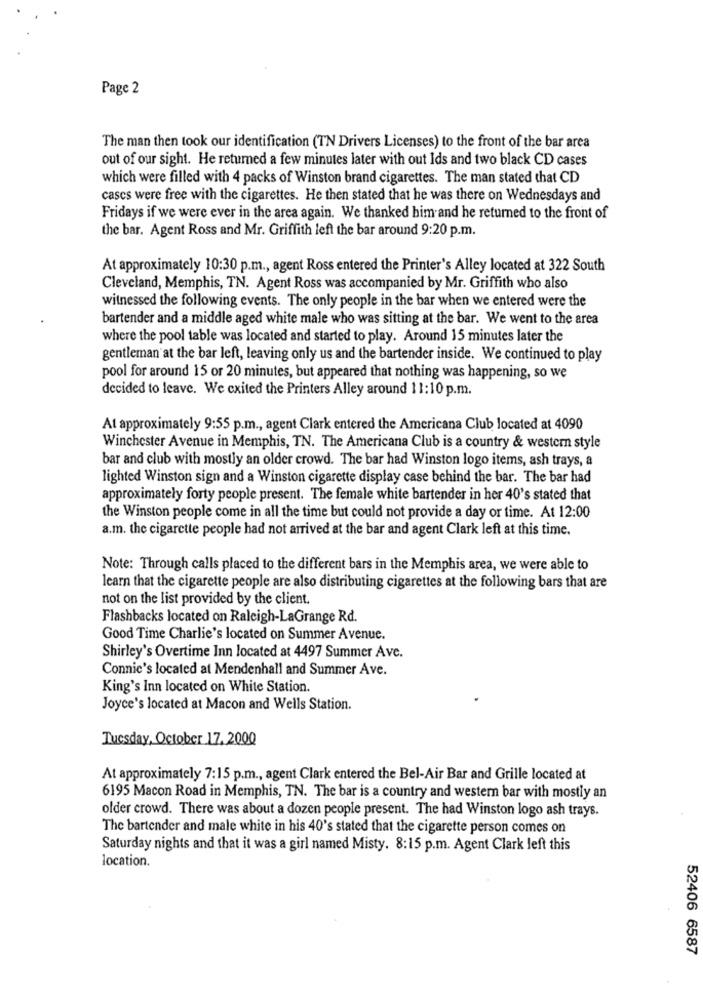
Page 2
The man then took our identification (TN Drivers Licenses) to the front of the bar area
out of our sight. He returned a few minutes later with out Ids and two black CD cases
which were filled with 4 packs of Winston brand cigarettes. The man stated that CD
cases were free with the cigarettes. He then stated that he was there on Wednesdays and
Fridays if we were ever in the area again. We thanked him and he returned to the front of
the bar. Agent Ross and Mr. Griffith left the bar around 9:20 p.m.
At approximately 10:30 p.m ., agent Ross entered the Printer's Alley located at 322 South
Cleveland, Memphis, TN. Agent Ross was accompanied by Mr. Griffith who also
witnessed the following events. The only people in the bar when we entered were the
bartender and a middle aged white male who was sitting at the bar. We went to the area
where the pool table was located and started to play. Around 15 minutes later the
gentleman at the bar left, leaving only us and the bartender inside. We continued to play
pool for around 15 or 20 minutes, but appeared that nothing was happening, so we
decided to leave. We cxited the Printers Alley around 11:10 p.m.
At approximately 9:55 p.m ., agent Clark entered the Americana Club located at 4090
Winchester Avenue in Memphis, TN. The Americana Club is a country & western style
bar and club with mostly an older crowd. The bar had Winston logo items, ash trays, a
lighted Winston sign and a Winston cigarette display case behind the bar. The bar had
approximately forty people present. The female white bartender in her 40's stated that
the Winston people come in all the time but could not provide a day or time. At 12:00
a.m. the cigarette people had not arrived at the bar and agent Clark left at this time.
Note: Through calls placed to the different bars in the Memphis area, we were able to
learn that the cigarette people are also distributing cigarettes at the following bars that are
not on the list provided by the client.
Flashbacks located on Raleigh-LaGrange Rd.
Good Time Charlie's located on Summer Avenue.
Shirley's Overtime Inn located at 4497 Summer Ave.
Connie's located at Mendenhall and Summer Ave.
King's Inn located on White Station.
Joyce's located at Macon and Wells Station.
Tuesday, October 17,2000
At approximately 7:15 p.m ., agent Clark entered the Bel-Air Bar and Grille located at
6195 Macon Road in Memphis, TN. The bar is a country and western bar with mostly an
older crowd. There was about a dozen people present. The had Winston logo ash trays.
The bartender and male white in his 40's stated that the cigarette person comes on
Saturday nights and that it was a girl named Misty. 8:15 p.m. Agent Clark left this
location.
52406 6587